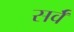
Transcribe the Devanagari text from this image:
सर्वँ